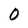
Character: 0